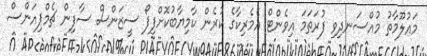
މައުލޫމާތު މުއްސަނދިވި ފުރަތަމަ އިވެންޓް އެމެރިކާގެ ކުރެން ކާމިޔާބުކޮށްފިފޯ ސީޒަންސް ސާފިން ޗެމްޕިއަންސް